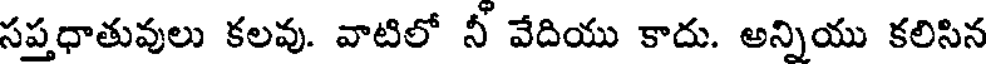
సప్తధాతువులు కలవు. వాటిలో నీ వేదియు కాదు. అన్నియు కలిసిన